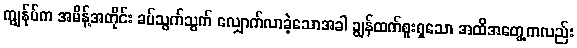
ကျွန်ုပ်က အမိန့်အတိုင်း ခပ်သွက်သွက် လျှောက်လာခဲ့သောအခါ ချွန်ထက်စူးရှသော အထိအတွေ့ကလည်း